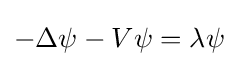
-\Delta \psi -V\psi =\lambda \psi